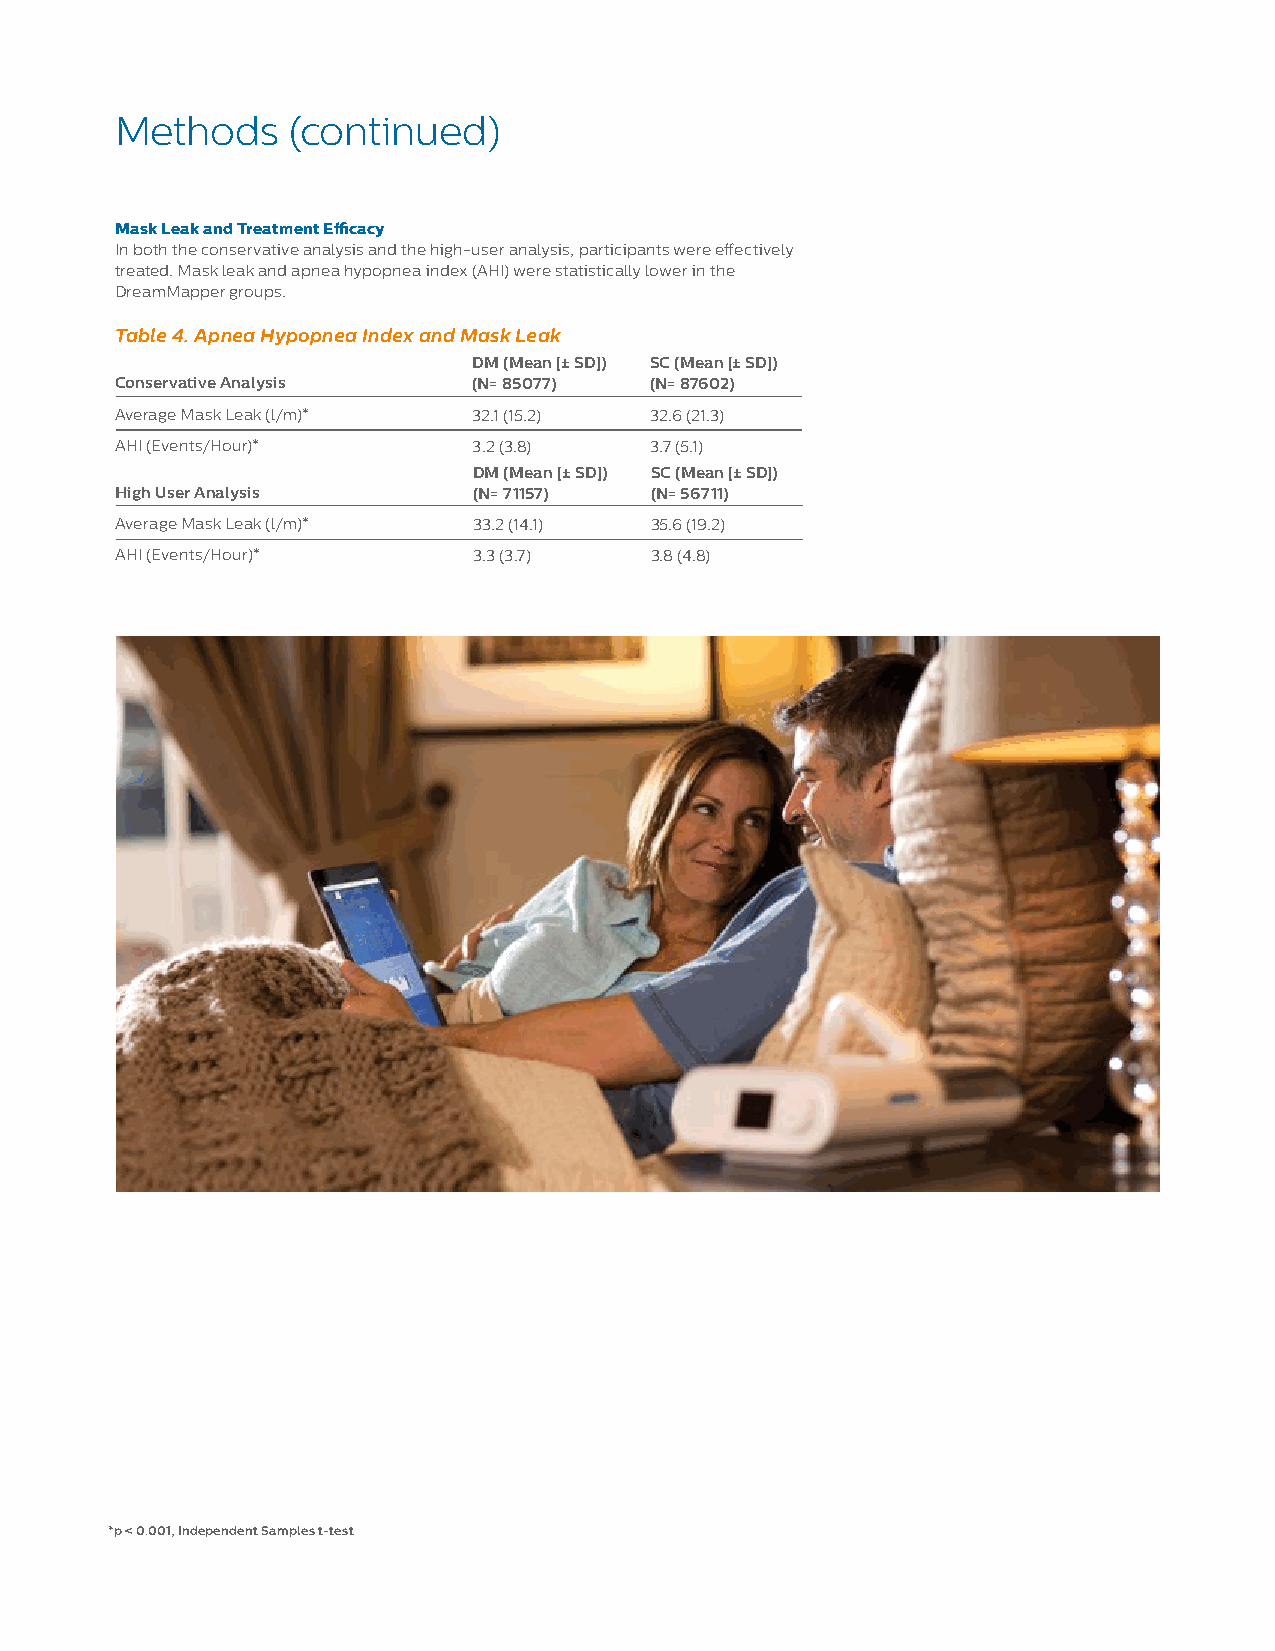
Methods    (continued)
 Mask Leak and Treatment Efficacy
 In both the conservative analysis and the high-user analysis, participants were effectively
 treated. Mask leak and apnea hypopnea index (AHI) were statistically lower in the
 DreamMapper groups.
 Table 4. Apnea Hypopnea Index and Mask Leak
 DM (Mean [± SD]) SC (Mean [± SD])
 Conservative Analysis  (N= 85077)  (N= 87602)
 Average Mask Leak (l/m)* 32.1 (15.2) 32.6 (21.3)
 AHI (Events/Hour)*     3.2 (3.8)   3.7 (5.1)
 DM (Mean [± SD]) SC (Mean [± SD])
 High User Analysis     (N= 71157)  (N= 56711)
 Average Mask Leak (l/m)* 33.2 (14.1) 35.6 (19.2)
 AHI (Events/Hour)*     3.3 (3.7)   3.8 (4.8)
 *p < 0.001, Independent Samples t-test